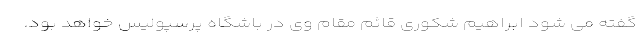
گفته می شود ابراهیم شکوری قائم مقام وی در باشگاه پرسپولیس خواهد بود.